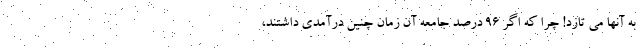
به آنها می تازد! چرا که اگر ۹۶ درصد جامعه آن زمان چنین درآمدی داشتند،